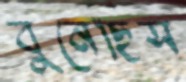
বুনেছিস